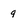
Character: 9